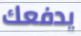
يدفعك